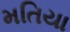
મતિયા